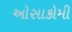
ઓસાકોમી